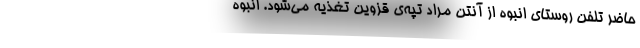
حاضر تلفن روستای انبوه از آنتن مراد تپه‌ی قزوین تغذیه می‌شود. انبوه